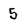
Character: 5